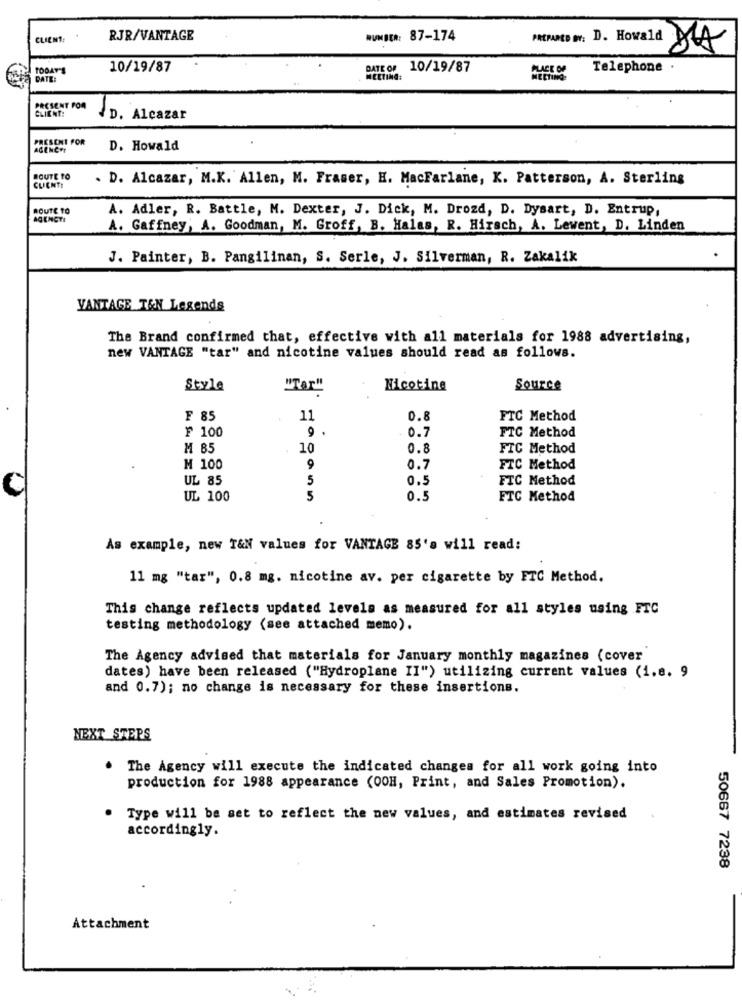
CLIENT:
RJR/VANTAGE
NUMBER: 87-174
PREMMED NY: D. Howald
TODAY'S
10/19/87
DATE OF 10/19/87
PLACE OF
Telephone .
DATE:
MEETING:
MEETING-
PRESENT POR
CLIENT:
D. Alcazar
PRESENT FOR
AGENCY
D. Howald
ROUTE TO
. D. Alcazar, M.K. Allen, M. Fraser, H. MacFarlane, K. Patterson, A. Sterling
CLIENTE
ROUTE TO
A. Adler, R. Battle, M. Dexter, J. Dick, M. Drozd, D. Dysart, D. Entrup,
AGENCYI
A. Gaffney, A. Goodman, M. Groff, B. Halas, R. Hirsch, A. Lewent, D. Linden
J. Painter, B. Pangilinan, S. Serle, J. Silverman, R. Zakalik
VANTAGE T&N Legends
The Brand confirmed that, effective with all materials for 1988 advertising,
new VANTAGE "tar" and nicotine values should read as follows.
Style
"Tar"
Nicotine
Source
₣ 85
11
0.8
FTC Method
₣ 100
9 .
0.7
FTC Method
M 85
10
0.8
FTC Method
M 100
9
0.7
FTC Method
UL 85
5
0.5
FTC Method
UL 100
5
0.5
FTC Method
As example, new T&N values for VANTAGE 85's will read:
11 mg "tar", 0.8 mg. nicotine av. per cigarette by FTC Method.
This change reflects updated levels as measured for all styles using FTC
testing methodology (see attached memo).
The Agency advised that materials for January monthly magazines (cover
dates) have been released ("Hydroplane II") utilizing current values (1.8. 9
and 0.7); no change is necessary for these insertions.
NEXT STEPS
. The Agency will execute the indicated changes for all work going into
production for 1988 appearance (OOH, Print, and Sales Promotion).
. Type will be set to reflect the new values, and estimates revised
accordingly.
50667 7238
Attachment